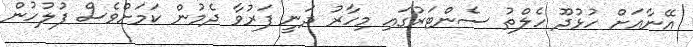
އޭނާއަށް ހުޅުދޫ ހެލްތު ސެންޓަރުގައި މިހާރު ދަނީ ފަރުވާ ދެމުން ކަމަށްވެސް ފުލުހުން